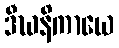
ဒီဃနိကာယေ